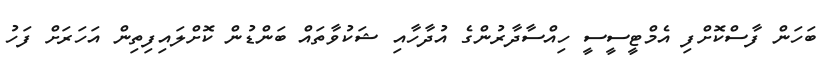
ބަހަން ފާސްކޮށްފި އެމްޓީސީސީ ހިއްސާދާރުންގެ އުދާހާއި ޝަކުވާތައް ބަންޑުން ކޮށްލައިފިތިން އަހަރަށް ފަހު